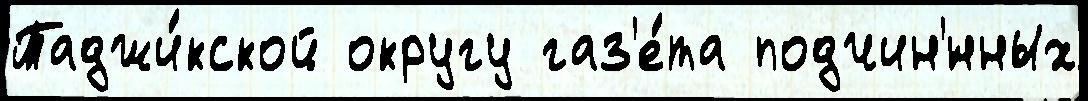
Таджи́кской округу газ'е́та подчин'́нных